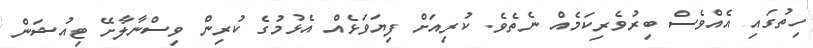
ހިތުގައި އެއްވެސް ބިރުވެރިކަމެއް ނެތެވެ. ކުރިއަށް ފިޔަވަޅެއް އެޅުމުގެ ކުރިން ވިސްނާލާށޭ ޓިއުޝަން